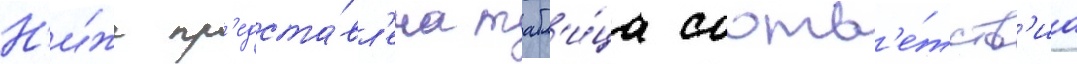
Н'и́же пр'едста́вл'ена табл'и́ца соотв'е́тств'иа